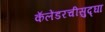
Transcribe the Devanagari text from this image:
कॅलेंडरचीसुद्घा